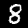
Label: 8